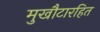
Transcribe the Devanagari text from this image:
मुखौटारहित